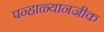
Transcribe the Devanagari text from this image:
पन्हाळ्यानजीक